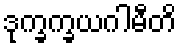
ဒုက္ခက္ခယဂါမီတိ